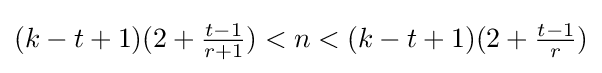
(k-t+1)(2+{\tfrac {t-1}{r+1}})<n<(k-t+1)(2+{\tfrac {t-1}{r}})